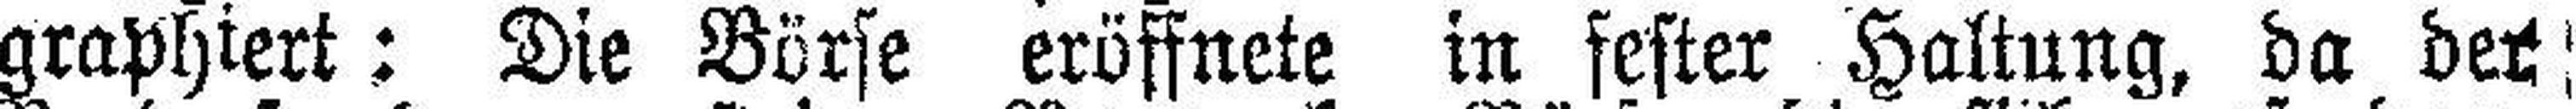
graphiert: Die Börse eröffnete in fester Haltung, da der